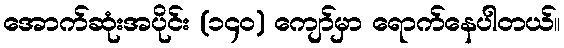
အောက်ဆုံးအပိုင်း (၁၄၀) ကျော်မှာ ရောက်နေပါတယ်။